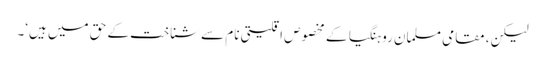
لیکن، مقامی مسلمان روہنگیا کے مخصوص اقلیتی نام سے شناخت کے حق میں ہیں‘۔